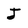
Character: J